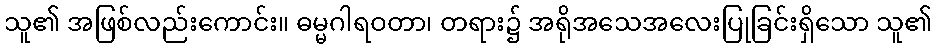
သူ၏ အဖြစ်လည်းကောင်း။ ဓမ္မဂါရဝတာ၊ တရား၌ အရိုအသေအလေးပြုခြင်းရှိသော သူ၏